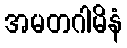
အမတဂါမိနံ